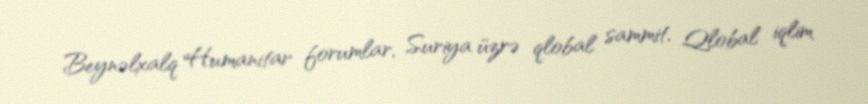
Beynəlxalq Humanitar forumlar, Suriya üzrə qlobal sammit, Qlobal iqlim